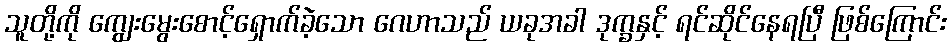
သူတို့ကို ကျွေးမွေးစောင့်ရှောက်ခဲ့သော ဂေဟာသည် ယခုအခါ ဒုက္ခနှင့် ရင်ဆိုင်နေရပြီ ဖြစ်ကြောင်း